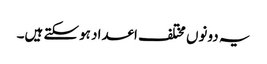
یہ دونوں مختلف اعداد ہوسکتے ہیں۔